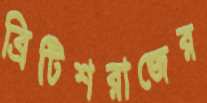
ব্রিটিশরাজের